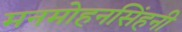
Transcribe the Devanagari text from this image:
मनमोहनसिंहनी